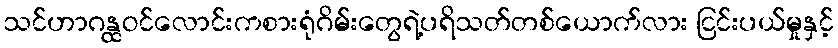
သင်ဟာဂန္ထဝင်လောင်းကစားရုံဂိမ်းတွေရဲ့ပရိသတ်တစ်ယောက်လား ငြင်းပယ်မှုနှင့်